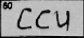
Transcription: CCU